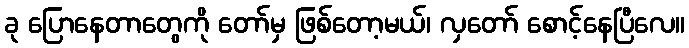
ခု ပြောနေတာတွေကို တော်မှ ဖြစ်တော့မယ်၊ လှတော် စောင့်နေပြီလေ။